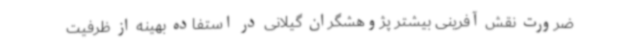
ضرورت نقش آفرینی بیشتر پژوهشگران گیلانی در استفاده بهینه از ظرفیت